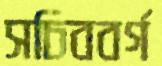
সচিববর্গ